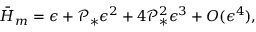
\bar { H } _ { m } = \epsilon + \mathcal { P } _ { * } \epsilon ^ { 2 } + 4 \mathcal { P } _ { * } ^ { 2 } \epsilon ^ { 3 } + O ( \epsilon ^ { 4 } ) ,